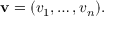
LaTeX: \mathbf { v } = ( v _ { 1 } , \ldots , v _ { n } ) .